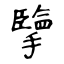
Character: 擥